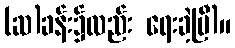
(ဆ)ခန်း၌လည်း ရေးခဲ့ပြီ)။